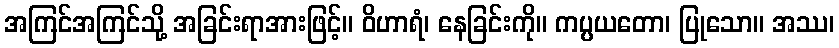
အကြင်အကြင်သို့ အခြင်းရာအားဖြင့်။ ဝိဟာရံ၊ နေခြင်းကို။ ကပ္ပယတော၊ ပြုသော။ အဿ၊